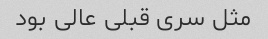
مثل سری قبلی عالی بود